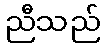
ညီသည်